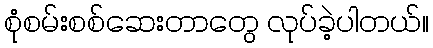
စုံစမ်းစစ်ဆေးတာတွေ လုပ်ခဲ့ပါတယ်။